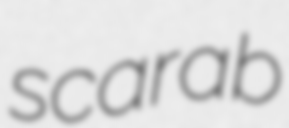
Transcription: scarab